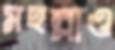
মহল্লাও